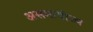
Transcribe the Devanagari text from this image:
असमायोज्य